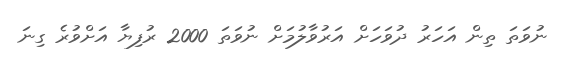
ނުވަތަ ތިން އަހަރު ދުވަހަށް އަރުވާލުމަށް ނުވަތަ 2000 ރުފިޔާ އަށްވުރެ ގިނަ